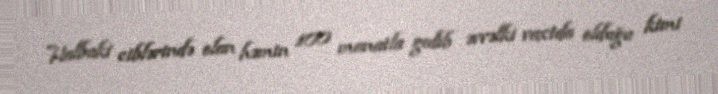
Halbuki ciblərində olan həmin 100 manatla gedib əvvəlki vaxtda olduğu kimi